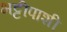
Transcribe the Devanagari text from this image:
भट्टीपाशी